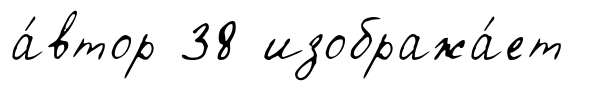
а́втор 38 изобража́ет